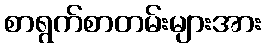
စာရွက်စာတမ်းများအား